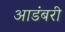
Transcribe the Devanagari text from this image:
आडंबरी